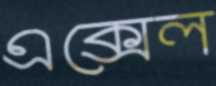
এক্সেল